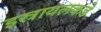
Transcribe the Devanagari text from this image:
इस्रायलकडे